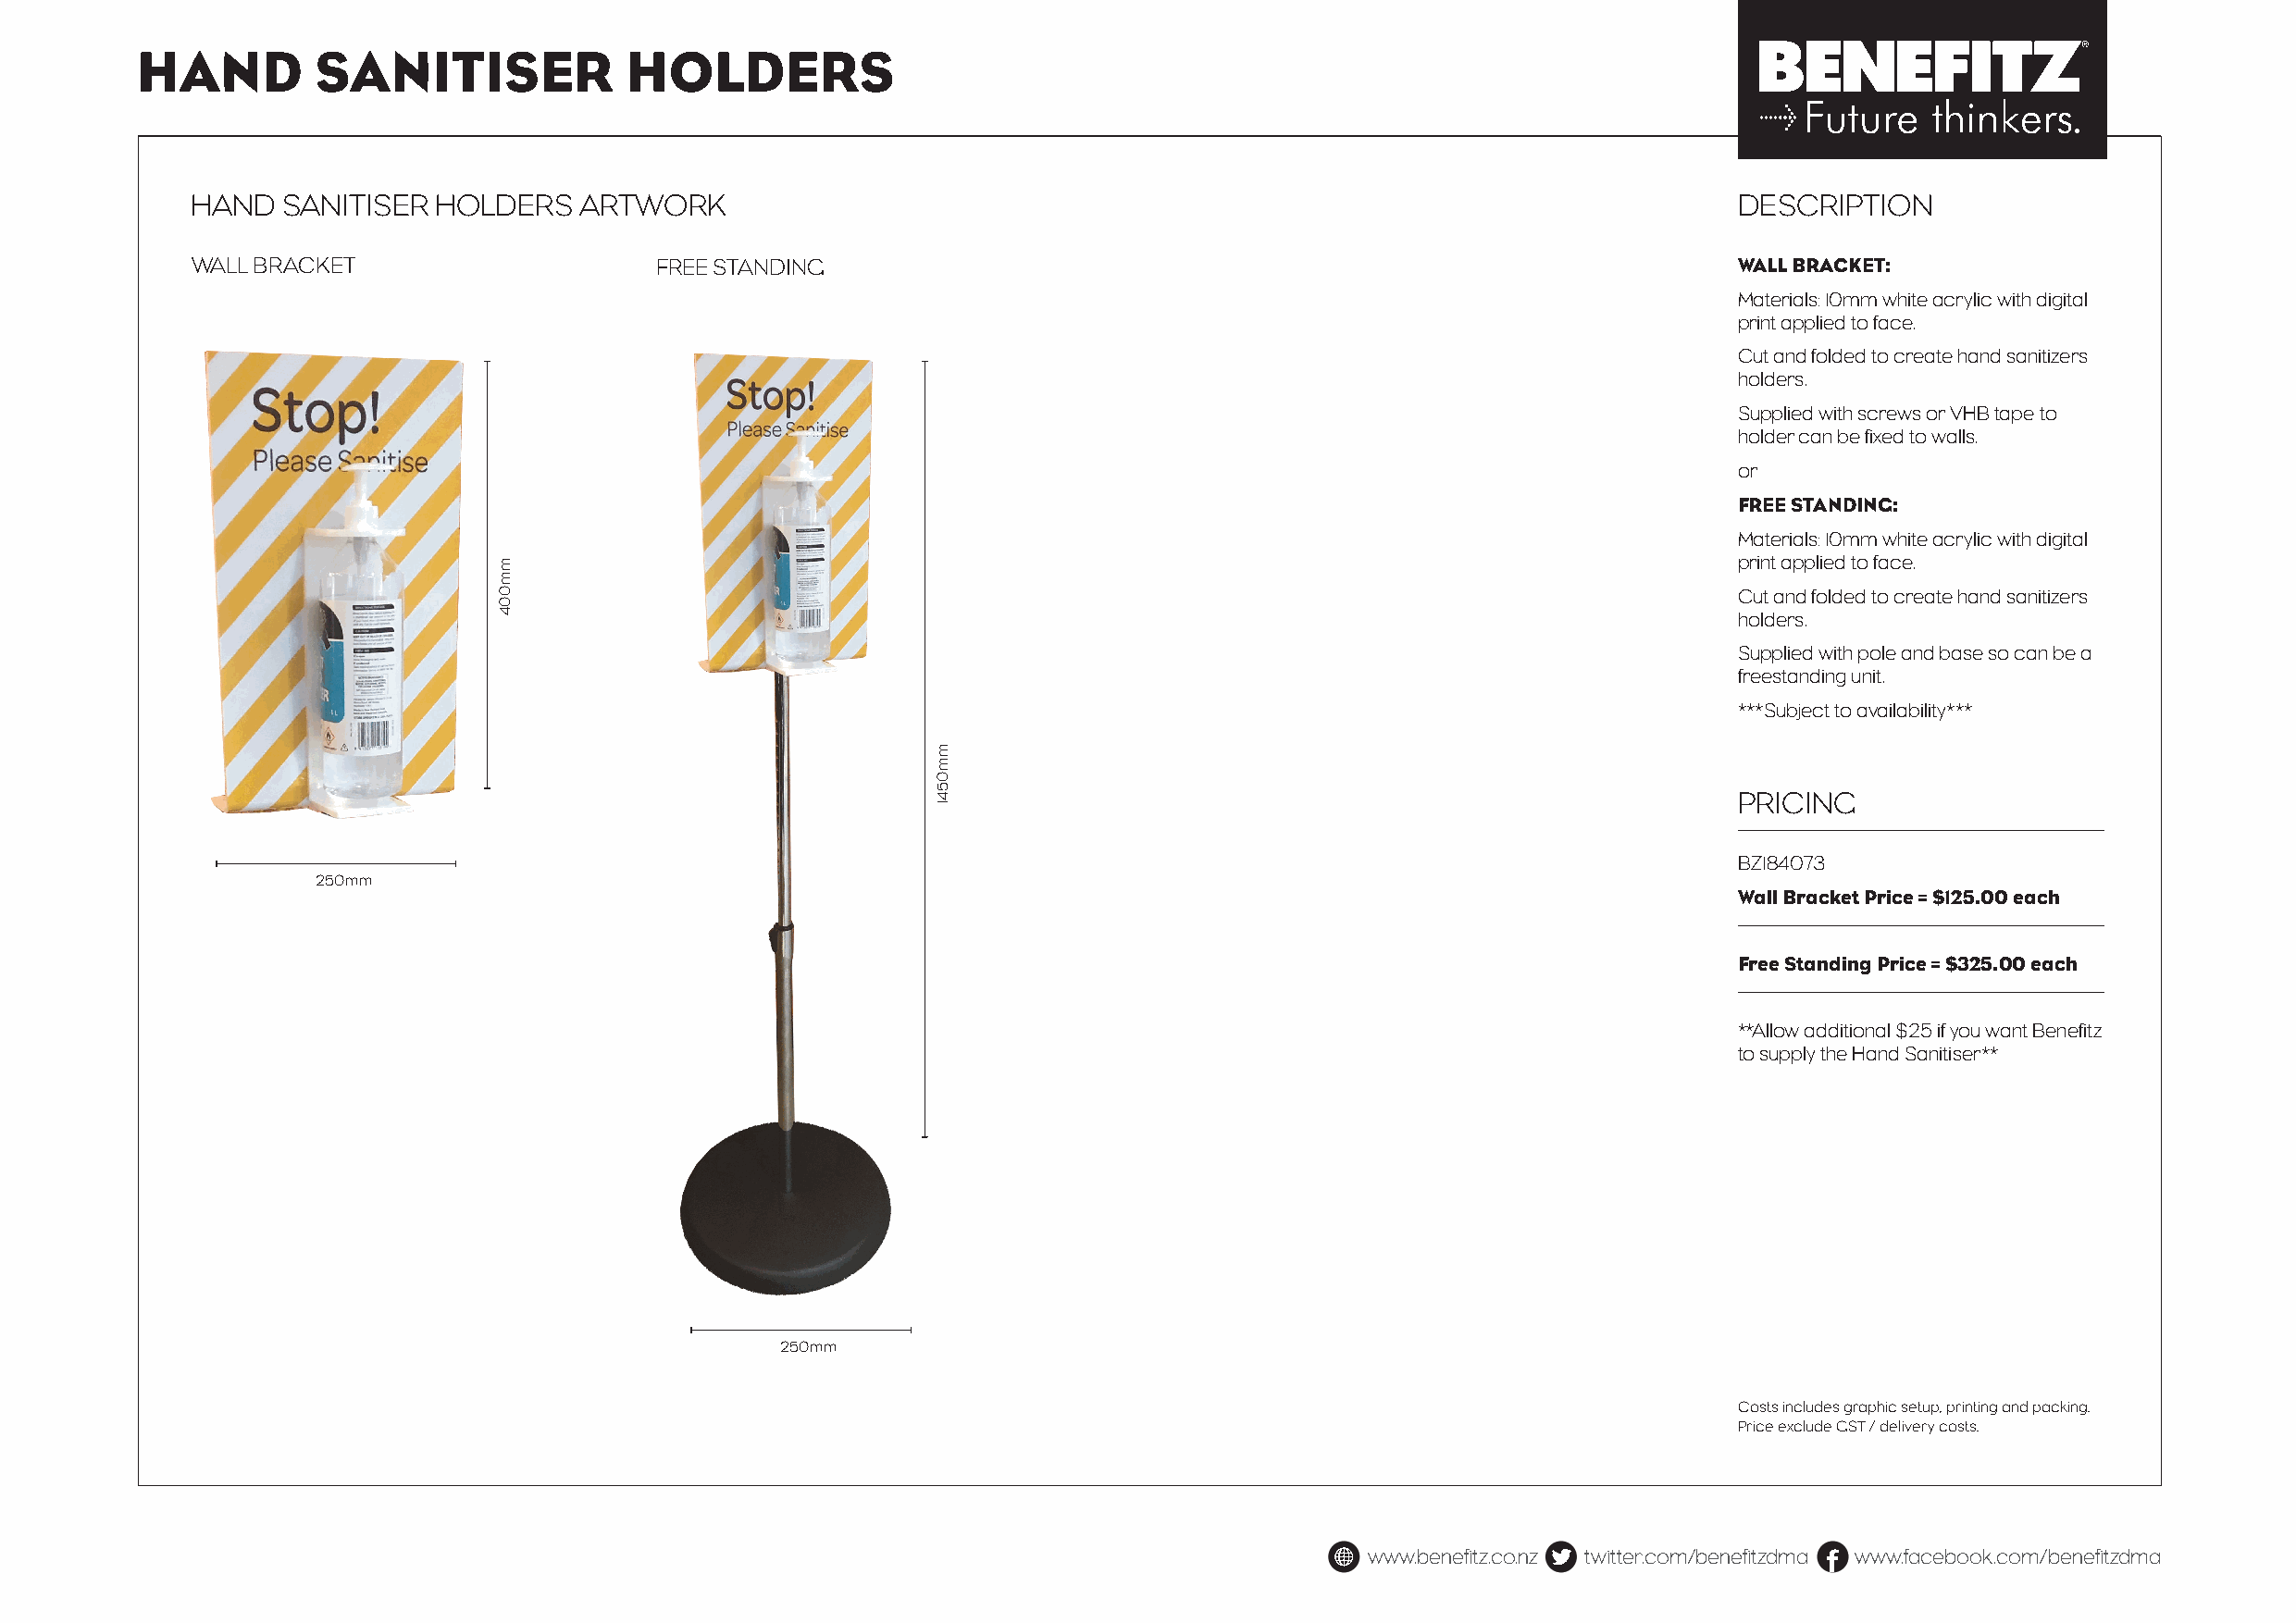
HAND         SANITISER             HOLDERS
 HAND  SANITISER  HOLDERS   ARTWORK                                                                            DESCRIPTION
 WALL BRACKET                     FREE STANDING                                                                WALL BRACKET:
 Materials: 10mm white acrylic with digital
 print applied to face.
 Cut and folded to create hand sanitizers
 holders.
 Supplied with screws or VHB tape to
 holder can be fixed to walls.
 or
 FREE STANDING:
 Materials: 10mm white acrylic with digital
 print applied to face.
 Cut and folded to create hand sanitizers
 holders.
 Supplied with pole and base so can be a
 freestanding unit.
 ***Subject to availability***
 PRICING
 BZ184073
 250mm
 Wall Bracket Price = $125.00 each
 Free Standing Price = $325.00 each
 **Allow additional $25 if you want Benefitz
 to supply the Hand Sanitiser**
 250mm
 Costs includes graphic setup, printing and packing.
 Price exclude GST / delivery costs.
 www.benefitz.co.nz twitter.com/benefitzdma www.facebook.com/benefitzdma
 mm004
 mm0541